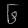
Digit: ၆